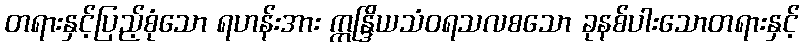
တရားနှင့်ပြည့်စုံသော ရဟန်းအား ဣန္ဒြိယသံဝရသလစသော ခုနစ်ပါးသောတရားနှင့်